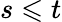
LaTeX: s\leqslant t